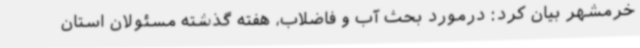
خرمشهر بیان کرد: درمورد بحث آب و فاضلاب، هفته گذشته مسئولان استان